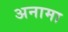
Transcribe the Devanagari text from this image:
अनामा